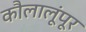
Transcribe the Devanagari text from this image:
कौलालूंपूर